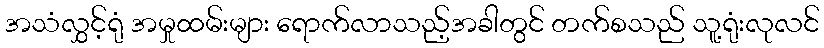
အသံလွှင့်ရုံ အမှုထမ်းများ ရောက်လာသည့်အခါတွင် တက်စသည် သူ့ရုံးလုလင်